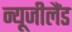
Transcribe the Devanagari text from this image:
न्‍यूजीलैंड